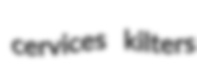
cervices kilters